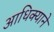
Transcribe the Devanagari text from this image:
आधिक्याने